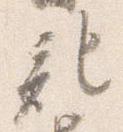
記